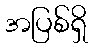
အပြစ်ရှိ